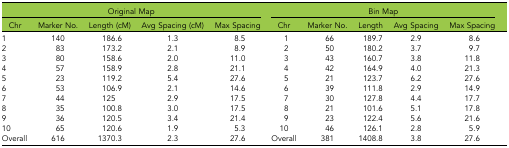
| <COLSPAN=5> Original Map | <COLSPAN=5> Bin Map |
 | Chr | Marker No. | Length (cM) | Avg Spacing (cM) | Max Spacing | Chr | Marker No. | Length | Avg Spacing | Max Spacing |
 | --- | --- | --- | --- | --- | --- | --- | --- | --- | --- |
 | 1 | 140 | 186.6 | 1.3 | 8.5 | 1 | 66 | 189.7 | 2.9 | 8.6 |
 | 2 | 83 | 173.2 | 2.1 | 8.9 | 2 | 50 | 180.2 | 3.7 | 9.7 |
 | 3 | 80 | 158.6 | 2.0 | 11.0 | 3 | 43 | 160.7 | 3.8 | 11.8 |
 | 4 | 57 | 158.9 | 2.8 | 21.1 | 4 | 42 | 164.9 | 4.0 | 21.3 |
 | 5 | 23 | 119.2 | 5.4 | 27.6 | 5 | 21 | 123.7 | 6.2 | 27.6 |
 | 6 | 53 | 106.9 | 2.1 | 14.6 | 6 | 39 | 111.8 | 2.9 | 14.9 |
 | 7 | 44 | 125 | 2.9 | 17.5 | 7 | 30 | 127.8 | 4.4 | 17.7 |
 | 8 | 35 | 100.8 | 3.0 | 17.5 | 8 | 21 | 101.6 | 5.1 | 17.8 |
 | 9 | 36 | 120.5 | 3.4 | 21.4 | 9 | 23 | 122.4 | 5.6 | 21.6 |
 | 10 | 65 | 120.6 | 1.9 | 5.3 | 10 | 46 | 126.1 | 2.8 | 5.9 |
 | Overall | 616 | 1370.3 | 2.3 | 27.6 | Overall | 381 | 1408.8 | 3.8 | 27.6 |